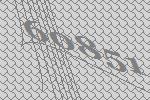
60851